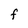
Character: F